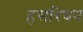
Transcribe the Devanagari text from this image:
हसरियन